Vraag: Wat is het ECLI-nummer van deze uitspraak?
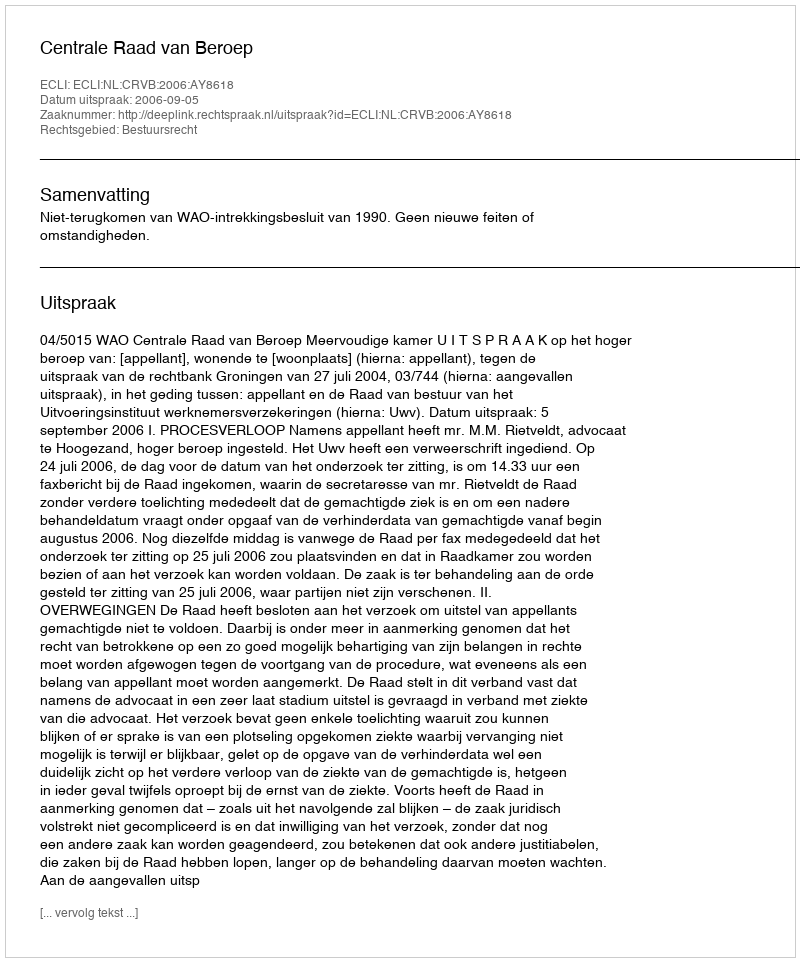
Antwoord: ECLI:NL:CRVB:2006:AY8618